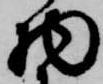
物